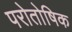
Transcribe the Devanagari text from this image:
परोतोषिक